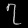
Digit: ၇